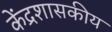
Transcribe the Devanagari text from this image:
केंद्रशासकीय